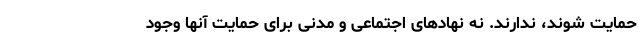
حمایت شوند، ندارند. نه نهادهای اجتماعی و مدنی برای حمایت آنها وجود